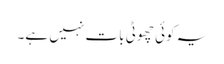
یہ کوئی چھوٹی بات نہیں ہے۔